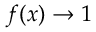
f ( x ) \rightarrow 1